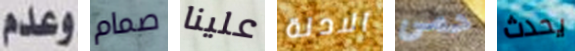
وعدم صمام علينا الادلة حمى يحدث